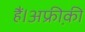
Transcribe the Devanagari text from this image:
हैं।अफ्री़की